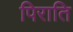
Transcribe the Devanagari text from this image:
पिराति